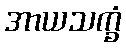
အာယသက္ခံ